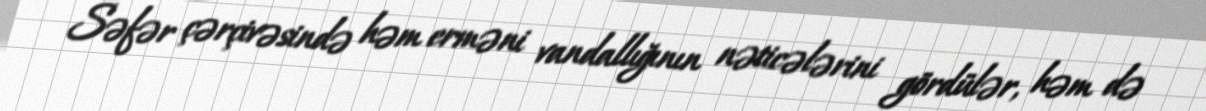
Səfər çərçivəsində həm erməni vandallığının nəticələrini gördülər, həm də